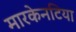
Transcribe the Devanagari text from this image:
मारकेनटिया